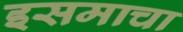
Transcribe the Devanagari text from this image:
इसमाचा